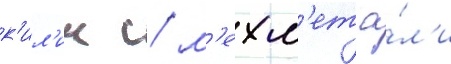
к'ил'ич / м'ехм'ет а́л'и